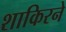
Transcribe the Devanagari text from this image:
शाकिरने